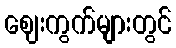
ဈေးကွက်များတွင်